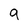
Character: g